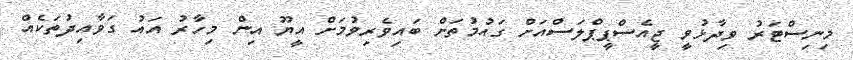
މިނިސްޓަރު ވިދާޅުވީ ޖީއެސްޕީޕްލަސްއަށް ގައުމުތަށް ބައިވެރިވުމަށް އީޔޫ އިން މިހާރު އައު ގަވާއިދުތަކެއް